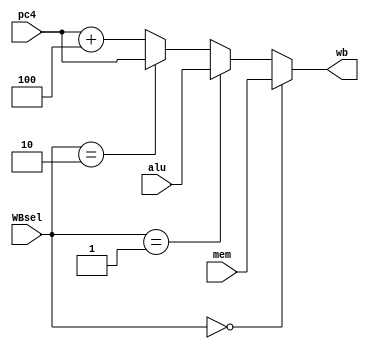
module muxwb(WBsel, mem, wb, alu, pc4);	
parameter length=32;	
input [length-1:0] mem, alu, pc4;	
input[1:0] WBsel;	
output [length-1:0] wb;	
assign wb = (WBsel==2'b00)? mem:	
	    (WBsel==2'b01)? alu:
	    (WBsel==2'b10)? (pc4):
		(pc4 + 32'd4);
endmodule